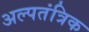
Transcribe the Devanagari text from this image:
अल्पतंत्रिक